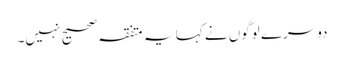
دوسرے لوگوں نے کہا یہ متفقہ صحیح نہیں۔